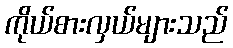
ကိုယ်စားလှယ်များသည်